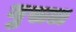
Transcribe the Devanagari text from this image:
गुसल